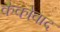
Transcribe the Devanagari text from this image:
कैकोवाद